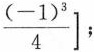
\frac{(-1)^{3}}{4}\right];